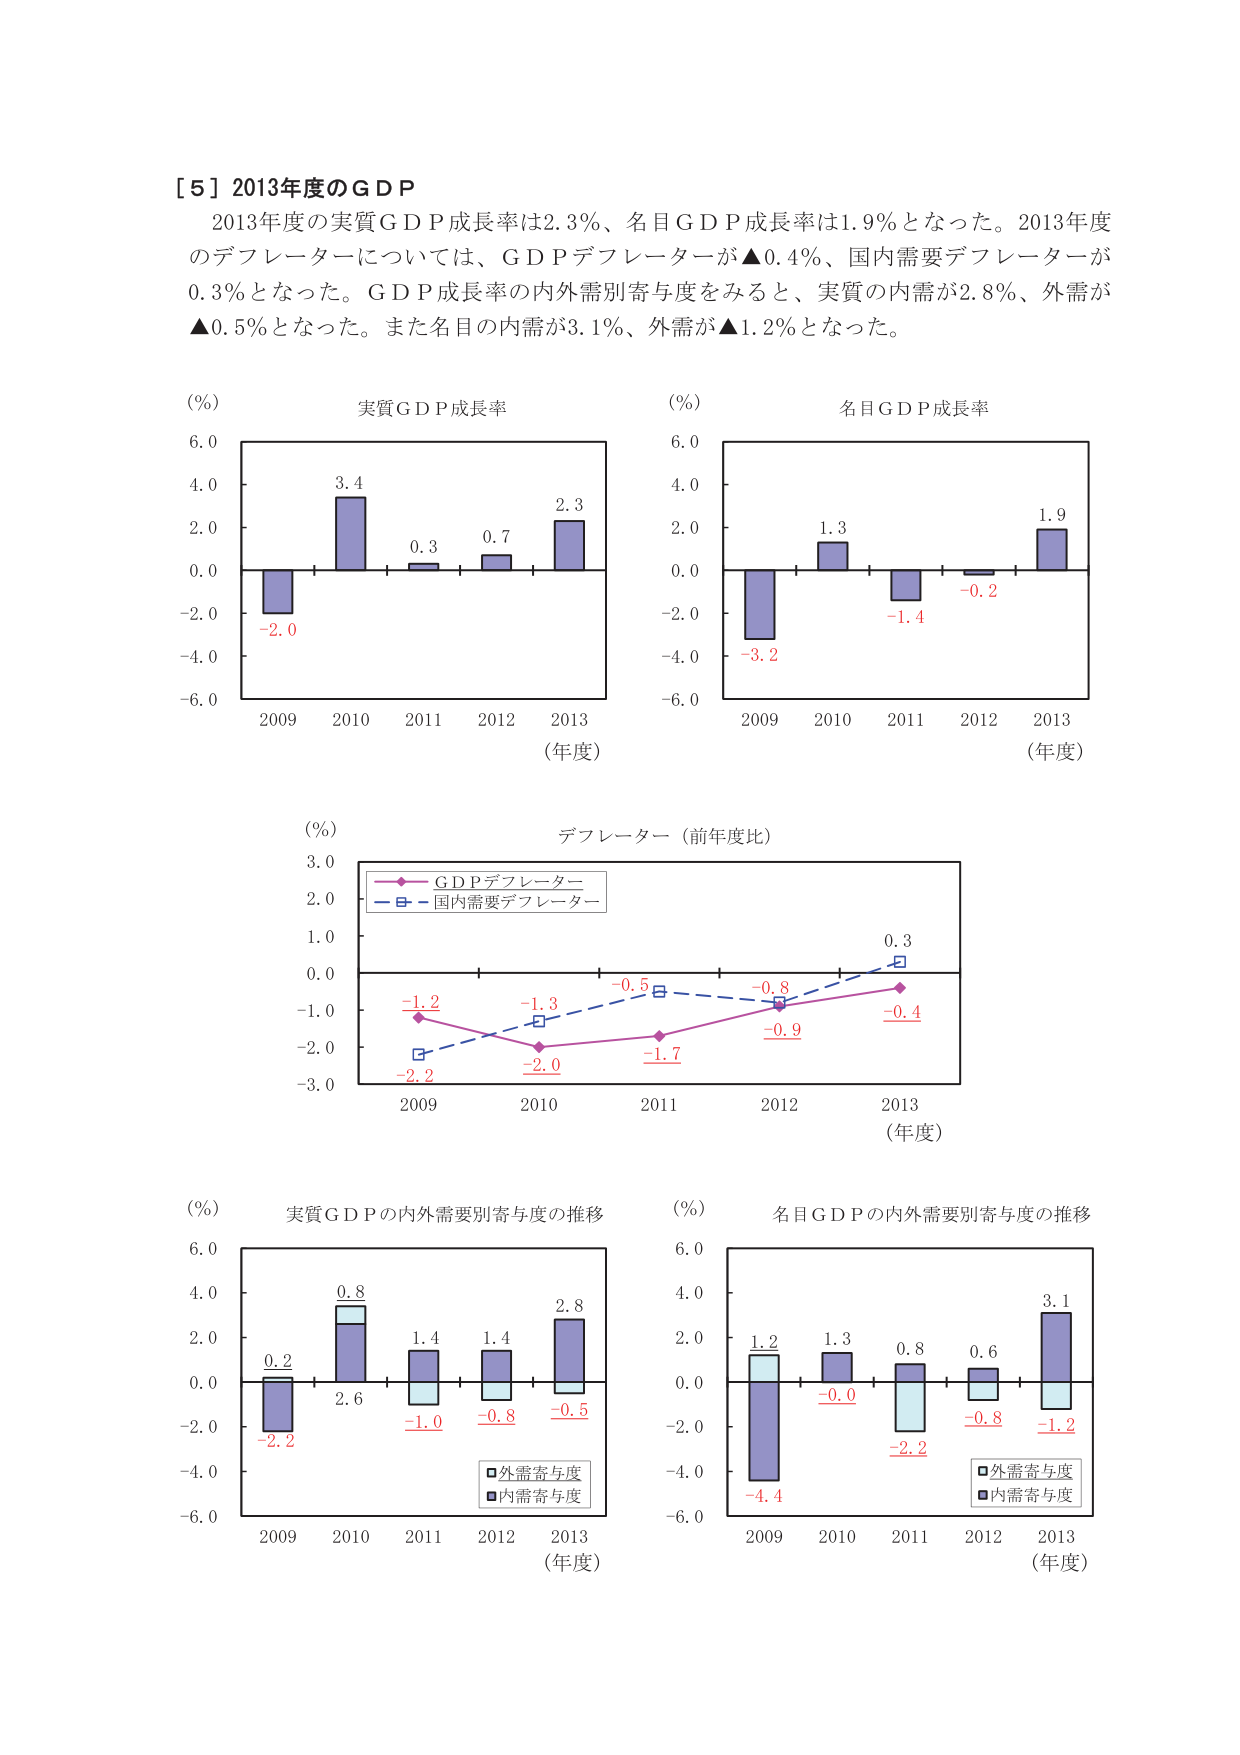
［５］2013年度のＧＤＰ
2013年度の実質ＧＤＰ成長率は2.3％、名目ＧＤＰ成長率は1.9％となった。2013年度のデフレーターについては、ＧＤＰデフレーターが▲0.4％、国内需要デフレーターが0.3％となった。ＧＤＰ成長率の内外需別寄与度をみると、実質の内需が2.8％、外需が▲0.5％となった。また名目の内需が3.1％、外需が▲1.2％となった。

(％)
実質ＧＤＰ成長率
6.0
4.0
2.0
0.0
-2.0
-4.0
-6.0
3.4
0.3
0.7
2.3
-2.0
2009 2010 2011 2012 2013
(年度)

(％)
名目ＧＤＰ成長率
6.0
4.0
2.0
0.0
-2.0
-4.0
-6.0
1.3
-1.4
-0.2
1.9
-3.2
2009 2010 2011 2012 2013
(年度)

(％)
デフレーター（前年度比）
3.0
2.0
1.0
0.0
-1.0
-2.0
-3.0
-1.2
-1.3
-0.5
-0.8
0.3
-0.4
-0.9
-1.7
-2.0
-2.2
2009 2010 2011 2012 2013
(年度)
ＧＤＰデフレーター
国内需要デフレーター

(％)
実質ＧＤＰの内外需要別寄与度の推移
6.0
4.0
2.0
0.0
-2.0
-4.0
-6.0
0.2
0.8
1.4
1.4
2.8
-2.2
2.6
-1.0
-0.8
-0.5
2009 2010 2011 2012 2013
(年度)
外需寄与度
内需寄与度

(％)
名目ＧＤＰの内外需要別寄与度の推移
6.0
4.0
2.0
0.0
-2.0
-4.0
-6.0
1.2
1.3
0.8
0.6
3.1
-4.4
-0.0
-2.2
-0.8
-1.2
2009 2010 2011 2012 2013
(年度)
外需寄与度
内需寄与度